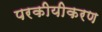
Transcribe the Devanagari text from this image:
परकीयीकरण